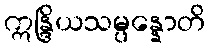
ဣန္ဒြိယသမ္ပန္နောတိ